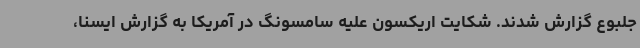
جلبوع گزارش شدند. شکایت اریکسون علیه سامسونگ در آمریکا به گزارش ایسنا،